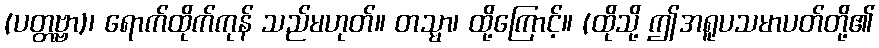
(ပတ္တဗ္ဗာ)၊ ရောက်ထိုက်ကုန် သည်မဟုတ်။ တသ္မာ၊ ထို့ကြောင့်။ (ထိုသို့ ဤအရူပသမာပတ်တို့၏